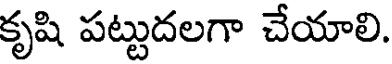
కృషి పట్టుదలగా చేయాలి.